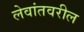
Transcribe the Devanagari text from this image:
लेवांतवरील